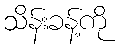
သိန်းခန့်ကို